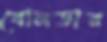
বোলডার